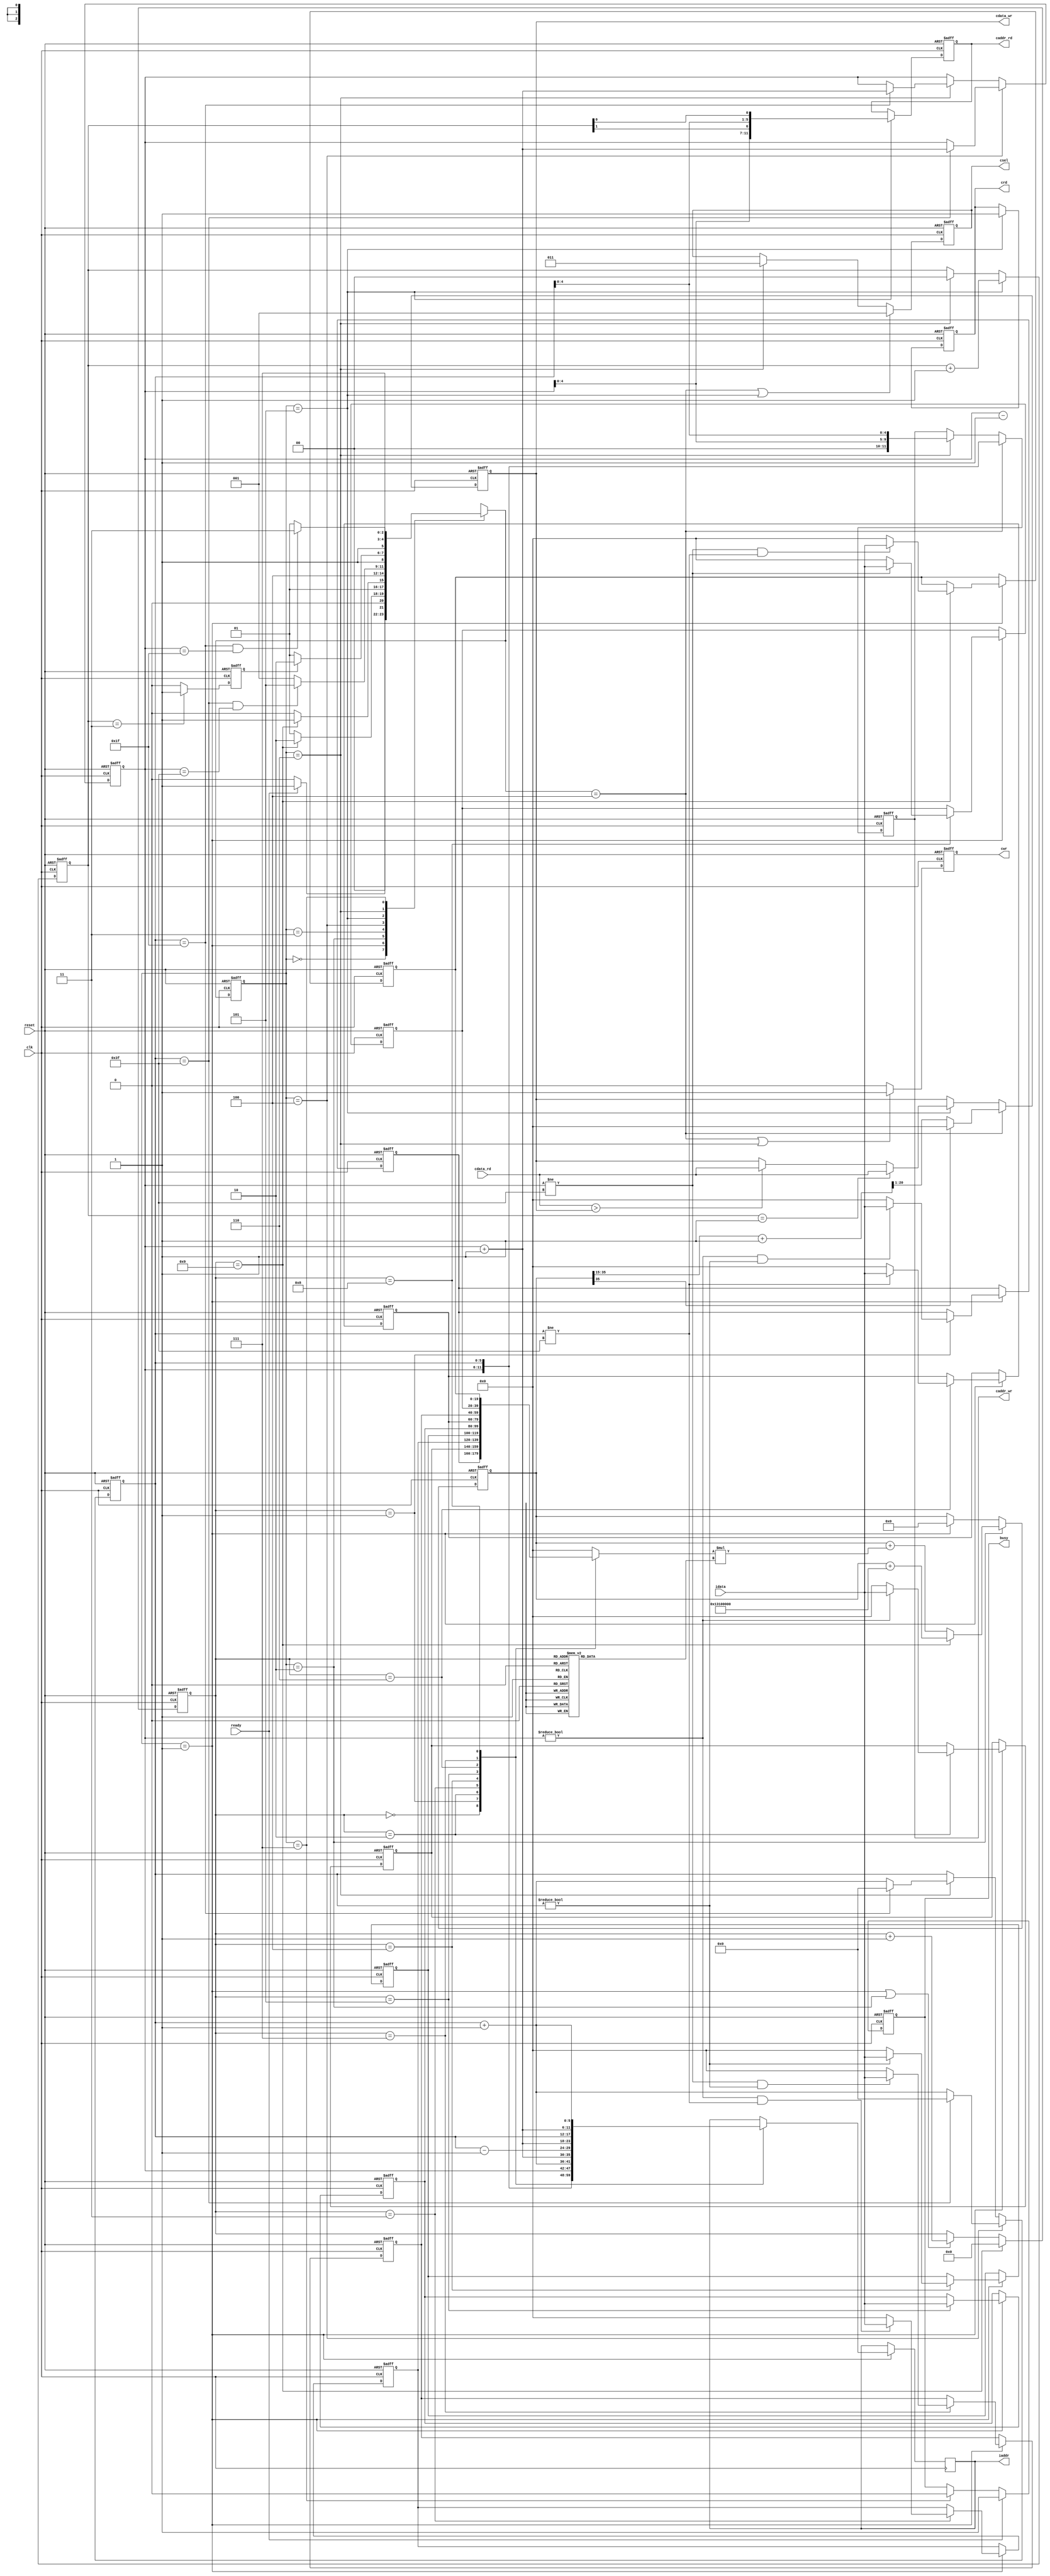
`timescale 1ns/10ps

module  CONV(clk,reset,cdata_rd,ready,idata,iaddr,cwr,caddr_wr,cdata_wr,crd,caddr_rd,busy,csel);

input clk;
input reset;
input [19:0] cdata_rd;
input ready;	
input signed [19:0] idata;	

output reg [11:0] iaddr;	
output reg cwr;
output reg [11:0] caddr_wr;
output reg [19:0] cdata_wr;
output reg crd;
output reg [11:0] caddr_rd;
output reg busy;
output reg [2:0] csel;
	
reg [1:0]counter;
reg[2:0] state, next_state;
reg[3:0] cnt;

parameter IDLE		= 4'd0;
parameter READ_DATA	= 4'd1;
parameter CONV    	= 4'd2;
parameter RELU   	= 4'd3;
parameter L0_OUTPUT = 4'd4;
parameter READ_L0   = 4'd5;
parameter L1_OUTPUT = 4'd6;
parameter FINISH  	= 4'd7;

	
parameter K_Q 	= 20'h0A89E;	//	 
parameter K_W 	= 20'h092D5;	//	 _______________
parameter K_E 	= 20'h06D43;	//	|				|
parameter K_A 	= 20'h01004;    //	|	Q	W	R	|
parameter K_S 	= 20'hF8F71;    //	|				|
parameter K_D 	= 20'hF6E54;    //	|	A	S	D	|
parameter K_Z 	= 20'hFA6D7;    //	|				|
parameter K_X 	= 20'hFC834;    //  |	Z	X	C	|
parameter K_C 	= 20'hFAC19;    //  |_______________|
parameter bias 	= 20'h01310; 	//
	

reg[5:0] x ,y;
reg signed [19:0] block_buf[0:8];
reg signed [19:0] target_px;
reg signed [19:0] kernel_px;
reg signed [43:0] conv_temp;//2^20 * 2^20 * 2^4

wire [5:0] x_b;
wire [5:0] x_f;
wire [5:0] y_b;
wire [5:0] y_f;

assign x_b = x-1;
assign x_f = x+1;
assign y_b = y-1;
assign y_f = y+1;

wire signed [20:0] temp_ans ;
assign temp_ans = conv_temp[35:15]+1;

reg pooled ;
wire [5:0] x_pool;
wire [5:0] y_pool;
assign x_pool = {x,counter[0]};
assign y_pool = {y[4:0],counter[1]};

always@(posedge clk or posedge reset)
begin
	if(reset)
		state <= IDLE;
	else 
		state <= next_state;
end

always@(*)
begin
	case(state)
		IDLE: 
		begin
			if(ready)
				next_state = READ_DATA;
			else
				next_state = IDLE;
		end
		
		READ_DATA:
		begin
			if(cnt == 4'd9)
				next_state = CONV;
			else
				next_state = READ_DATA;
		end
		
		CONV:
		begin
			if(cnt == 4'd9)
				next_state = RELU;
			else
				next_state = CONV;
		end	
		
		RELU:
			next_state = L0_OUTPUT ;
		
		L0_OUTPUT:
		begin
			if((x==6'd63)&&(y==6'd63))
				next_state = READ_L0;
			else
				next_state = READ_DATA;
		end
	
		READ_L0:
		begin
			if(pooled)
				next_state = L1_OUTPUT;
			else
				next_state = READ_L0;
		end	
		
		L1_OUTPUT:
		begin
			if((x==5'd31)&&(y==5'd31))
				next_state = FINISH;
			else
				next_state = READ_L0;
		end	
		
		FINISH:
			next_state = FINISH;
			
		default:
			next_state = IDLE;
			
	endcase
end

always@(posedge clk or posedge reset)
begin
	if(reset)
		busy <= 0;
	else if(ready)
		busy <= 1;
	else if(state==FINISH)
		busy <= 0;
end

always@(posedge clk or posedge reset)
begin
	if(reset)
		crd <= 1'b0;
	else if(state==READ_L0)
		crd <= 1'b1;
end

always@(posedge clk or posedge reset)
begin
	if(reset)
	cnt <= 4'd0;
	else if(cnt==4'd9)
	cnt <= 4'd0;
	else if((state==READ_DATA)||(state==CONV))
	cnt <= cnt+1;
end

always@(posedge clk or posedge reset)
begin
	if(reset)
		pooled <= 0;
	else if(counter==3)
		pooled <= 1;
	else
		pooled <= 0;
end

always@(*)
begin
	case(cnt)
		4'd0 	: target_px = block_buf[0] ;
		4'd1 	: target_px = block_buf[1] ;
		4'd2 	: target_px = block_buf[2] ;
		4'd3 	: target_px = block_buf[3] ;
		4'd4 	: target_px = block_buf[4] ;
		4'd5 	: target_px = block_buf[5] ;
		4'd6 	: target_px = block_buf[6] ;
		4'd7 	: target_px = block_buf[7] ;
		4'd8 	: target_px = block_buf[8] ;
		default : target_px = 20'd0 ;
	endcase
end

always@(*)
begin
	case(cnt)
		4'd0 	: kernel_px = K_Q;
		4'd1 	: kernel_px = K_W;
		4'd2 	: kernel_px = K_E;
		4'd3 	: kernel_px = K_A;
		4'd4 	: kernel_px = K_S;
		4'd5 	: kernel_px = K_D;
		4'd6 	: kernel_px = K_Z;
		4'd7 	: kernel_px = K_X;
		4'd8 	: kernel_px = K_C;
		default : kernel_px = 20'd0;
	endcase
end

always@(posedge clk or posedge reset)
begin
	if(reset)
		conv_temp <= 44'd0;
	else if(state==CONV)
	begin
		if(cnt==4'd9)
		conv_temp <= conv_temp + {20'h01310,16'h0};
		else
		conv_temp <= conv_temp + (target_px*kernel_px);
	end
	else if(state==READ_DATA)
		conv_temp <= 44'd0;
end

always@(posedge clk or posedge reset)
begin
	if(reset)
		caddr_rd <= 12'd0;
	else if(state==READ_L0)
		caddr_rd <= {y_pool,x_pool};
end

always@(posedge clk or posedge reset)
begin
	if(reset)
		counter <=2'd0;
	else if(state == READ_L0)
		counter <= counter+1;
	else if(state==L1_OUTPUT)
		counter <= 2'd0 ;
end

always@(posedge clk or posedge reset)
begin
	if(reset)
		cdata_wr <= 20'd0;
	else if(next_state==L0_OUTPUT)
	begin
		if(conv_temp[35])
			cdata_wr <= 20'd0;
		else
			cdata_wr <= temp_ans[20:1];
	end
	else if(state==READ_L0)
	begin
		if(counter==2'b01)
			cdata_wr <= cdata_rd ;
		else if(cdata_rd > cdata_wr)
			cdata_wr <= cdata_rd ;
	end
end

always@(posedge clk or posedge reset)
begin
	if(reset)
		cwr <= 0 ;
	else if((next_state==L0_OUTPUT)||(state==L1_OUTPUT))
		cwr <= 1 ;
	else 
		cwr <= 0 ;
end



always@(posedge clk or posedge reset)
begin
	if(reset)
		caddr_wr <= 12'd0;
	else if(next_state==L0_OUTPUT)
		caddr_wr <= {y,x};
	else if(state==L1_OUTPUT) 
		caddr_wr <= {y[4:0],x[4:0]};
end

always@(posedge clk or posedge reset)
begin
	if(reset)
		csel <= 3'b000;
	else if((next_state==L0_OUTPUT)||(state==READ_L0))
		csel <= 3'b001;
	else if(state==L1_OUTPUT)
		csel <= 3'b011;
end



always@(posedge clk or posedge reset)
begin
	if(reset)
		x <= 6'd0;
	else if(state==L0_OUTPUT)
		x <= (x==6'd63)? 6'd0 : x+1;
	else if(state==L1_OUTPUT)
		x <= (x==6'd31)? 6'd0 : x+1;
end

always@(posedge clk or posedge reset)
begin
	if(reset)
		y <= 6'd0 ;
	else if(state==L0_OUTPUT)
	begin
		if(x==6'd63)
			y <= y+1;
	end
	else if(state==L1_OUTPUT)
	begin
		if(x==6'd31)
			y <= y+1;
	end
end	

always@(posedge clk)
begin
	if(state==READ_DATA)
	begin
		case(cnt)
			4'd0 	: iaddr = {y_b	,x_b };
			4'd1 	: iaddr = {y_b	,x	 };
			4'd2 	: iaddr = {y_b	,x_f };
			4'd3 	: iaddr = {y	,x_b };
			4'd4 	: iaddr = {y	,x	 };
			4'd5 	: iaddr = {y	,x_f };
			4'd6 	: iaddr = {y_f	,x_b };
			4'd7 	: iaddr = {y_f	,x	 };
			4'd8	: iaddr = {y_f	,x_f };
			default	: iaddr = iaddr;
		endcase	
	end
end
///////////////////////////////////////////
always@(posedge clk or posedge reset)
begin
	if(reset)
	begin
		block_buf[0] <= 20'd0;
		block_buf[1] <= 20'd0;
		block_buf[2] <= 20'd0;
		block_buf[3] <= 20'd0;
		block_buf[4] <= 20'd0;
		block_buf[5] <= 20'd0;
		block_buf[6] <= 20'd0;
		block_buf[7] <= 20'd0;
		block_buf[8] <= 20'd0;
	end	
	else if(state==READ_DATA)
	begin
		case(cnt)
			4'd1: 
				block_buf[0] <= ((y!=0)&&(x!=0))? idata : 20'd0;

			4'd2: 
				block_buf[1] <= (y!=0)? idata : 20'd0;

			4'd3: 
				block_buf[2] <= ((y!=0)&&(x!=6'd63))? idata : 20'd0;

			4'd4: 
				block_buf[3] <= (x!=6'd0)? idata : 20'd0;

			4'd5: 
				block_buf[4] <= idata;

			4'd6:
				block_buf[5] <= (x!=6'd63)? idata : 20'd0;

			4'd7:
				block_buf[6] <= ((y!=6'd63)&&(x!=6'd0))? idata : 20'd0;

			4'd8:
				block_buf[7] <= (y!=6'd63)? idata : 20'd0;

			4'd9:
				block_buf[8] <= ((y!=6'd63)&&(x!=6'd63))? idata : 20'd0;

		endcase
	end
end

endmodule